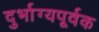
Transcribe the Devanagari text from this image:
दुर्भाग्यपूर्वक